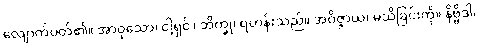
လျောက်ပတ်၏။ အာဝုသော၊ ငါ့ရှင်။ ဘိက္ခု၊ ရဟန်းသည်။ အဝိဇ္ဇာယ၊ မသိခြင်းကို။ နိဗ္ဗိဒါ၊